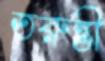
তরুন্তী